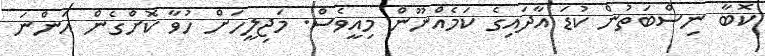
ކޮބާ ނިސްބަތުން ކުޑަ އާދައިގެ ކަމެއްނޫން މިއީވެސް. މަޖިލީހަށް ހުވާ ކޮށްގެން އަންނަ